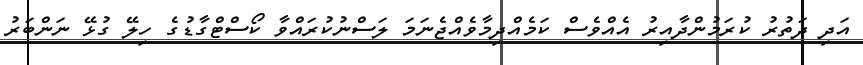
އަދި ދަތުރު ކުރަމުންދާއިރު އެއްވެސް ކަމެއްދިމާވެއްޖެނަމަ ލަސްނުކުރައްވާ ކޯސްޓްގާޑުގެ ހިލޭ ގުޅޭ ނަންބަރު